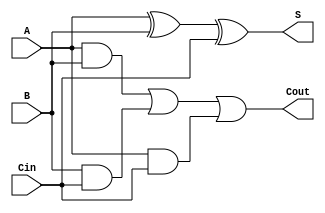
module transmission_gate_full_adder (
    input wire A,
    input wire B,
    input wire Cin,
    output wire S,
    output wire Cout
);
    wire AB_and, BC_and, AC_and;
    wire AB_xor, AB_xor_Cin;
    
    // Transmission Gates for A AND B
    wire A_and_B;
    assign A_and_B = (A && B);

    // Transmission Gates for B AND Cin
    wire B_and_Cin;
    assign B_and_Cin = (B && Cin);

    // Transmission Gates for A AND Cin
    wire A_and_Cin;
    assign A_and_Cin = (A && Cin);
    
    // Combine the AND outputs for Cout using OR logic
    assign Cout = A_and_B | B_and_Cin | A_and_Cin;

    // Transmission Gates for A XOR B
    assign AB_xor = A ^ B;

    // Combine result of AB_xor with Cin for final Sum S
    assign S = AB_xor ^ Cin;

endmodule